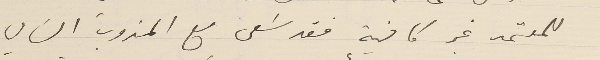
للمعتمد غير كافية فقد سَعى مع المندوب السَامي